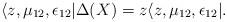
LaTeX: \begin{align*} \langle z,\mu_{12},\epsilon_{12}|\Delta(X) = z \langle z,\mu_{12},\epsilon_{12}|.\end{align*}